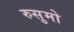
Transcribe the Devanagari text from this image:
रुसुमो